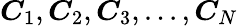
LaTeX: \boldsymbol{C}_{1},\boldsymbol{C}_{2},\boldsymbol{C}_{3},...,\boldsymbol{C}_{N}